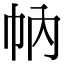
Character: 𢁩